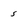
Character: 5